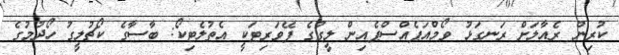
ކުރިން ރެއާލަށް ރަނގަޅު ވޯމްއަޕެއްސްޕެއިން ލީގުގެ ފޭވަރިޓަކީ އެތުލެޓިކޯ: ބާސާގެ ކޯޗުލީގު ހޯދުމުގެ